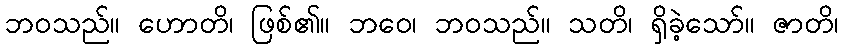
ဘဝသည်။ ဟောတိ၊ ဖြစ်၏။ ဘဝေ၊ ဘဝသည်။ သတိ၊ ရှိခဲ့သော်။ ဇာတိ၊